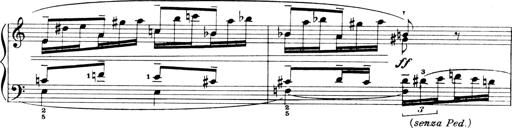
Title: 4 Sonatines
Composer: Max Reger